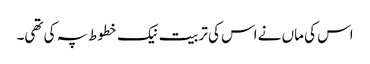
اس کی ماں نے اس کی تربیت نیک خطوط پہ کی تھی۔